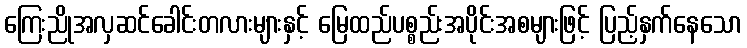
ကြေးညိုအလှဆင်ခေါင်းတလားများနှင့် မြေထည်ပစ္စည်းအပိုင်းအစများဖြင့် ပြည့်နှက်နေသော